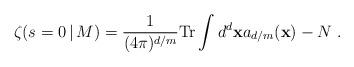
LaTeX: \begin{align*} \zeta (s=0 \, |\, M)= {1\over (4\pi)^{d/m}}{\rm Tr}\int d^d{\bf x} a_{d/m}({\bf x}) - N\ .\end{align*}